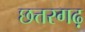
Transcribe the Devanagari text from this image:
छत्तरगढ़